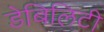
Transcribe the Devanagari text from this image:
डेबिलिटी